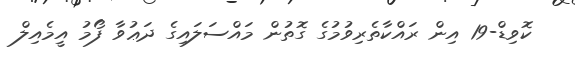
ކޮވިޑް-19 އިން ރައްކާތެރިވުމުގެ ގޮތުން މައްސަލައިގެ ދަޢުވާ ފޯމު އީމެއިލް